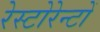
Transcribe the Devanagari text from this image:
रेस्टोरेन्टों